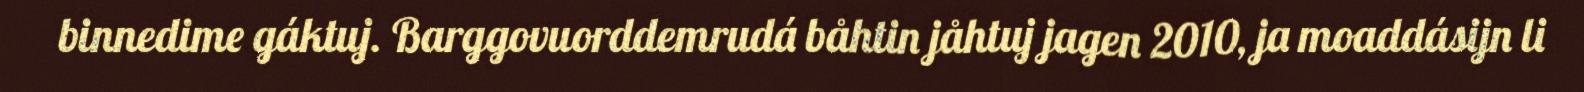
binnedime gáktuj. Barggovuorddemrudá båhtin jåhtuj jagen 2010, ja moaddásijn li